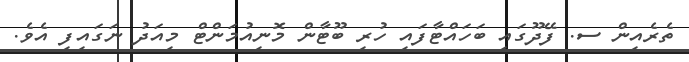
ތެރެއިން ސ. ފޭދޫގައި ބަހައްޓާފައި ހުރި ބޫޓާން މޮނިއުމަންޓް މިއަދު ނަގައިފި އެވެ.